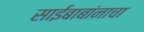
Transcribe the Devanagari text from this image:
साईबाबांनाचा